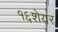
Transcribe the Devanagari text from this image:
१६शेयर